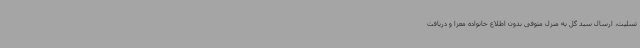
تسلیت، ارسال سبد گل به منزل متوفی بدون اطلاع خانواده معزا و دریافت